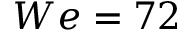
W e = 7 2